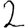
Digit: 2